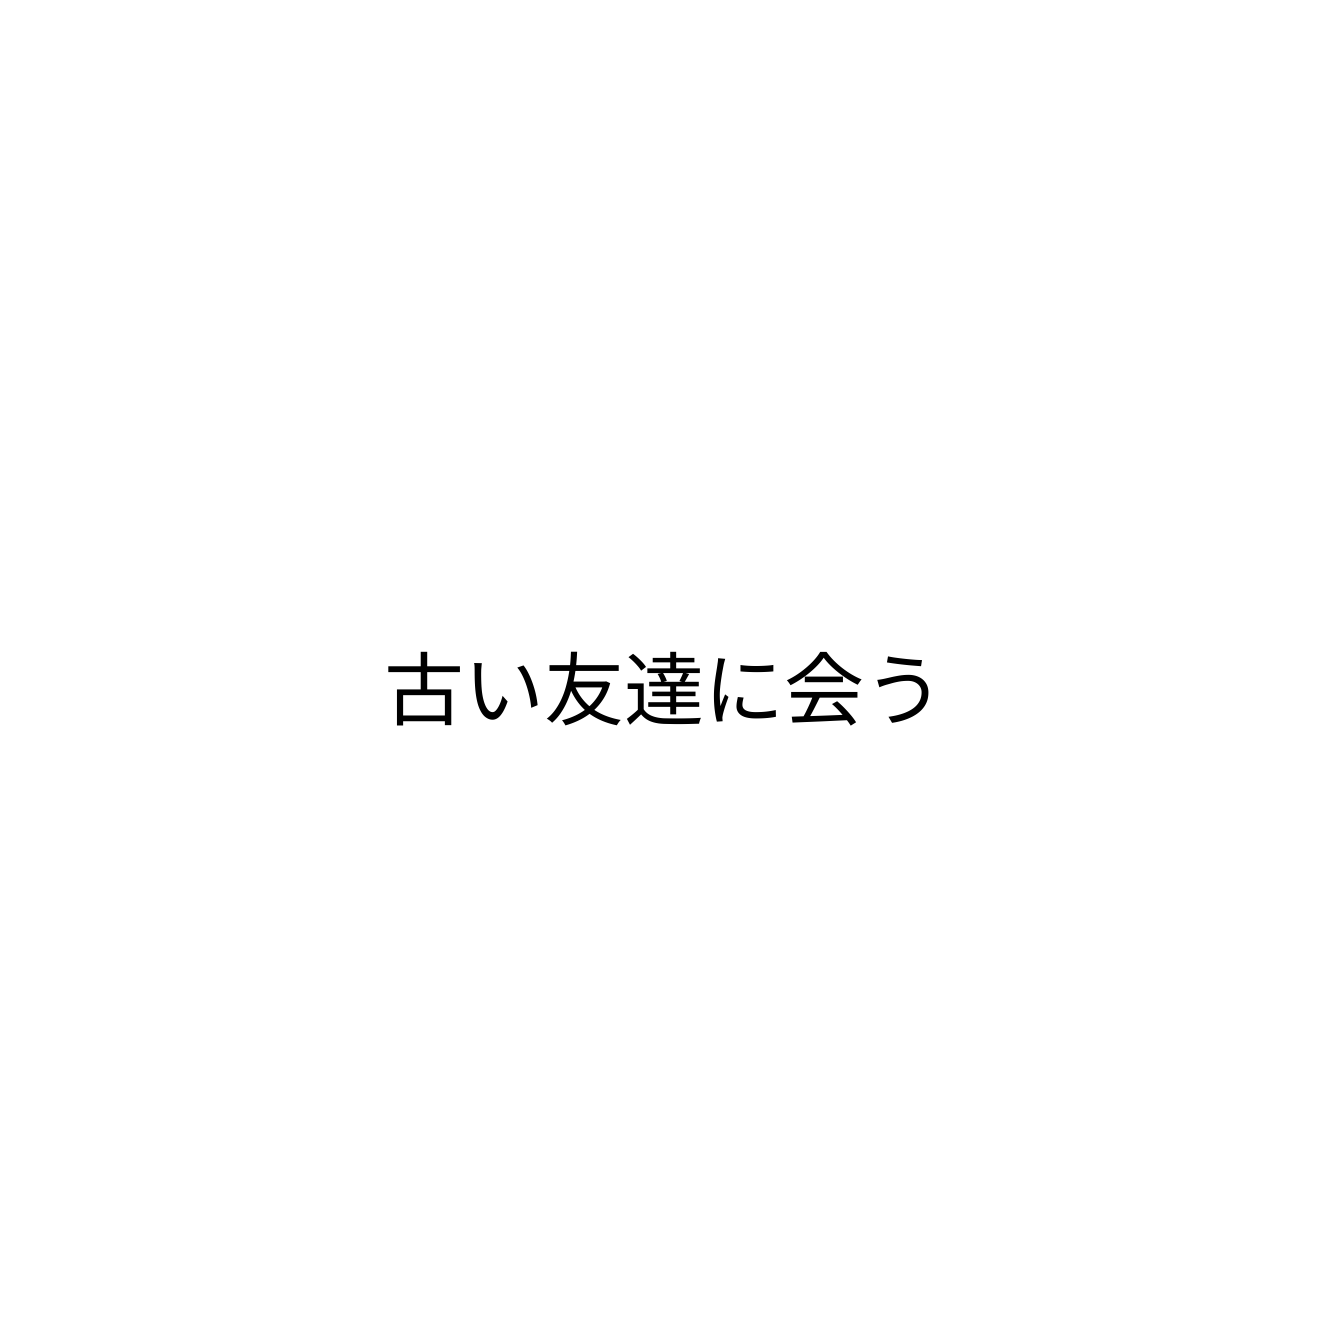
古い友達に会う